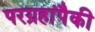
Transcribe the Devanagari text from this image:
परग्रहांपैकी